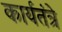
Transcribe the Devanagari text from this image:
कार्यतंत्रे